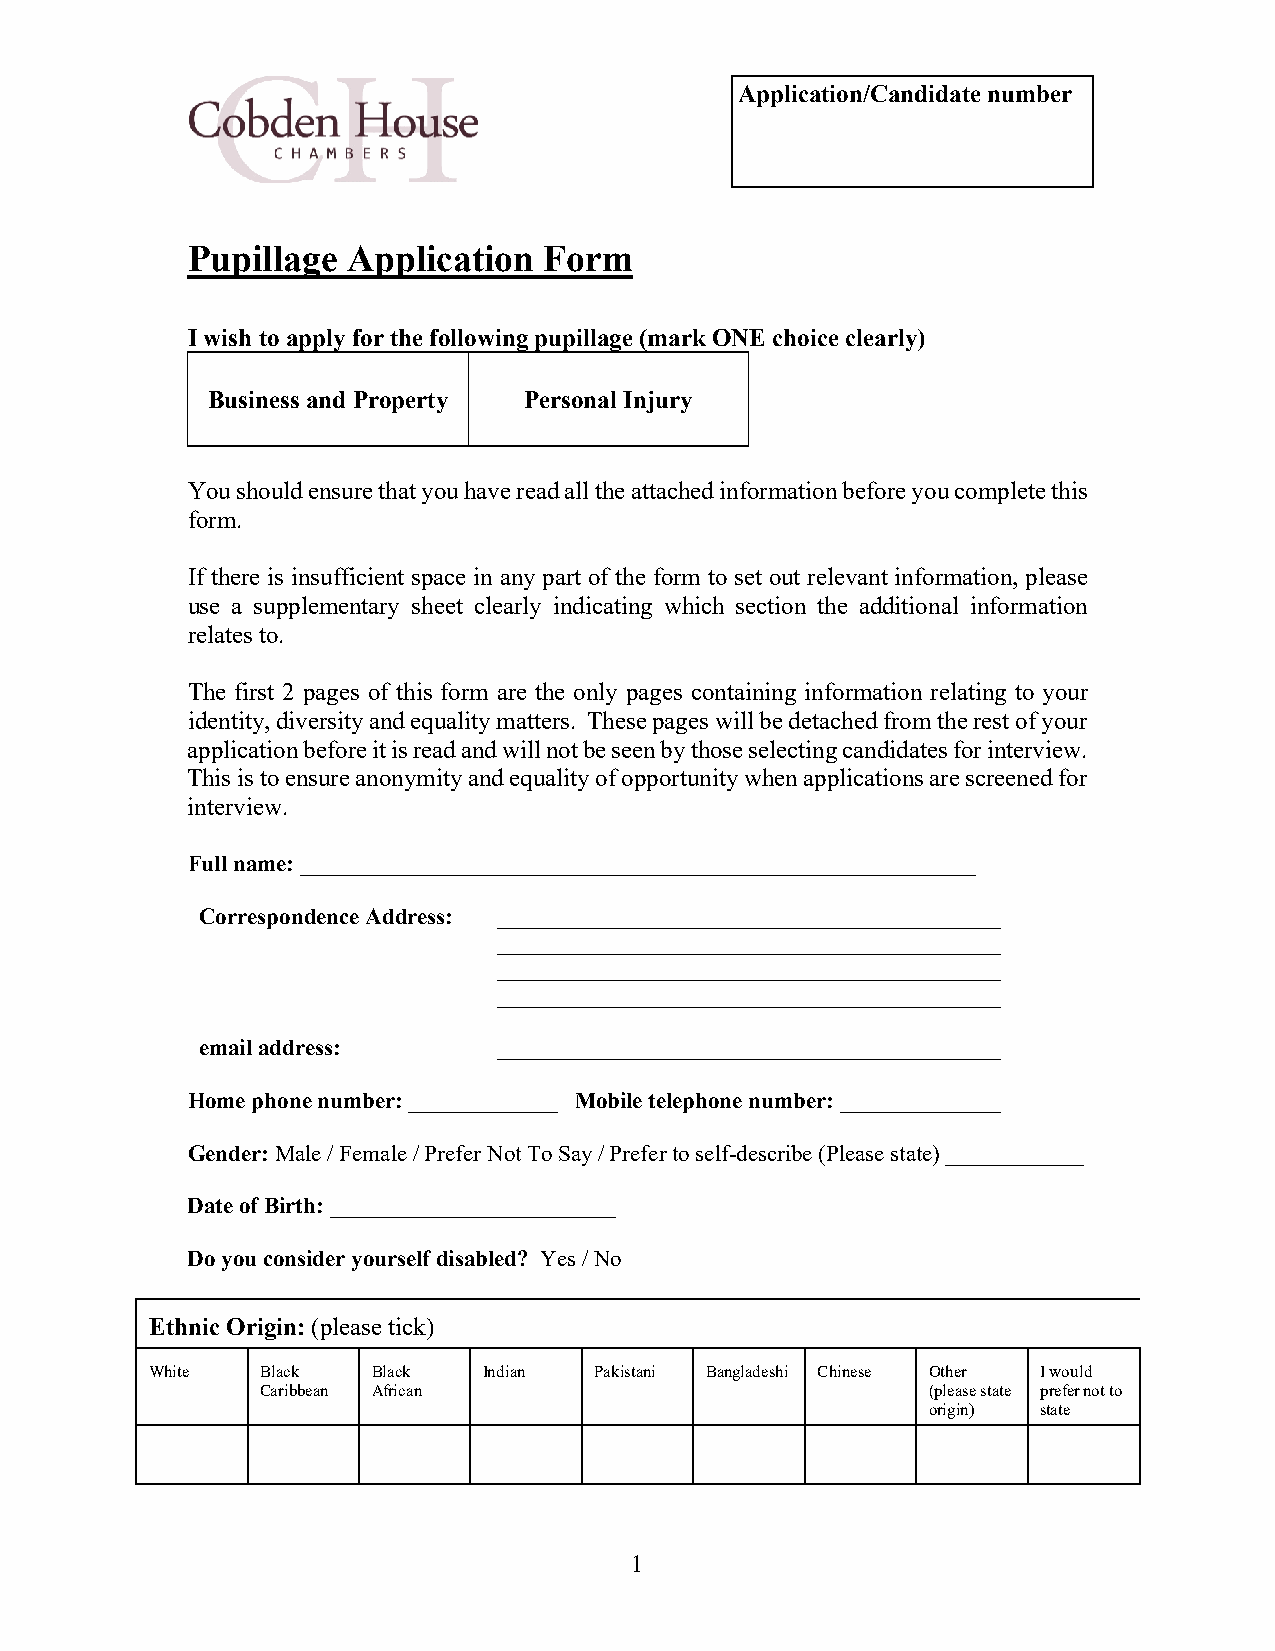
Application/Candidate number
 Pupillage  Application  Form
 I wish to apply for the following pupillage (mark ONE choice clearly)
 Business and Property Personal Injury
 You should ensure that you have read all the attached information before you complete this
 form.
 If there is insufficient space in any part of the form to set out relevant information, please
 use a supplementary sheet clearly indicating which section the additional information
 relates to.
 The first 2 pages of this form are the only pages containing information relating to your
 identity, diversity and equality matters. These pages will be detached from the rest of your
 application before it is read and will not be seen by those selecting candidates for interview.
 This is to ensure anonymity and equality of opportunity when applications are screened for
 interview.
 Full name: ___________________________________________________________
 Correspondence Address: ____________________________________________
 ____________________________________________
 ____________________________________________
 ____________________________________________
 email address:      ____________________________________________
 Home phone number: _____________ Mobile telephone number: ______________
 Gender: Male / Female / Prefer Not To Say / Prefer to self-describe (Please state) ____________
 Date of Birth: _________________________
 Do you consider yourself disabled? Yes / No
 Ethnic Origin: (please tick)
 White  Black   Black  Indian Pakistani Bangladeshi Chinese Other I would
 Caribbean African                           (please state prefer not to
 origin) state
 1